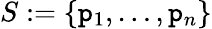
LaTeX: S:=\{ \mathtt{p}_{1},\ldots,\mathtt{p}_{n}\}